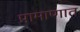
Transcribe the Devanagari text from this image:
प्रामाणात